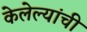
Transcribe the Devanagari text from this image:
केलेल्यांची